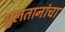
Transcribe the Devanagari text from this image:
सुलतानांचा